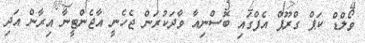
ވޯލްޑް ކަޕް ގްރޫޕް އެފްގައި ބޮސްނިއާ ވާދަކުރަން ޖެހެނީ އާޖެންޓީނާ އިރާން އަދި